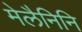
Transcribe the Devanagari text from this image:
मेलैनिनि